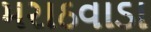
મરાઠવાડા